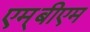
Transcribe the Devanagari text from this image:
एम्‌बीएम